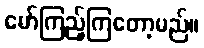
မော်ကြည့်ကြတော့မည်။